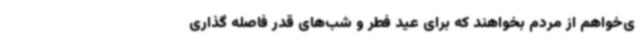
ی‌خواهم از مردم بخواهند که برای عید فطر و شب‌های قدر فاصله گذاری